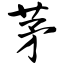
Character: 茅